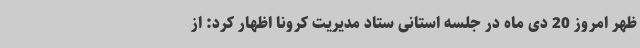
ظهر امروز 20 دی ماه در جلسه استانی ستاد مدیریت کرونا اظهار کرد: از